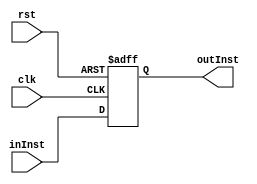
`timescale 1ns/1ns
module PC(input clk,rst, input [9:0] inInst, output[9:0] outInst);
  reg [9:0] out;
  assign outInst = out;
  always@(posedge clk, posedge rst) begin
    if(rst) out <= 10'b0;
    else out <= inInst;
  end
endmodule